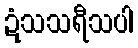
ဍံသသရီသပါ